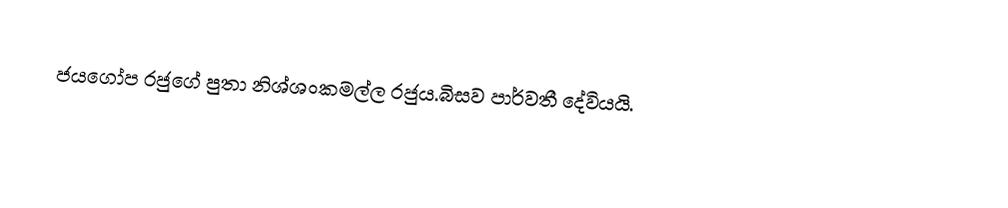
ජයගෝප රජුගේ පුතා නිශ්ශංකමල්ල රජුය.බිසව පාර්වතී දේවියයි.